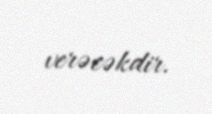
verəcəkdir.